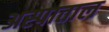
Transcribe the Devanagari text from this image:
अस्पाताल